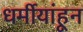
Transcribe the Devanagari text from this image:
धर्मीयांहून